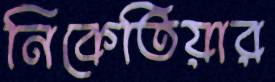
নিকেতিয়ার